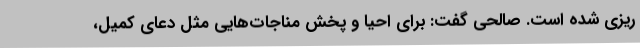
ریزی شده است. صالحی گفت: برای احیا و پخش مناجات‌هایی مثل دعای کمیل،